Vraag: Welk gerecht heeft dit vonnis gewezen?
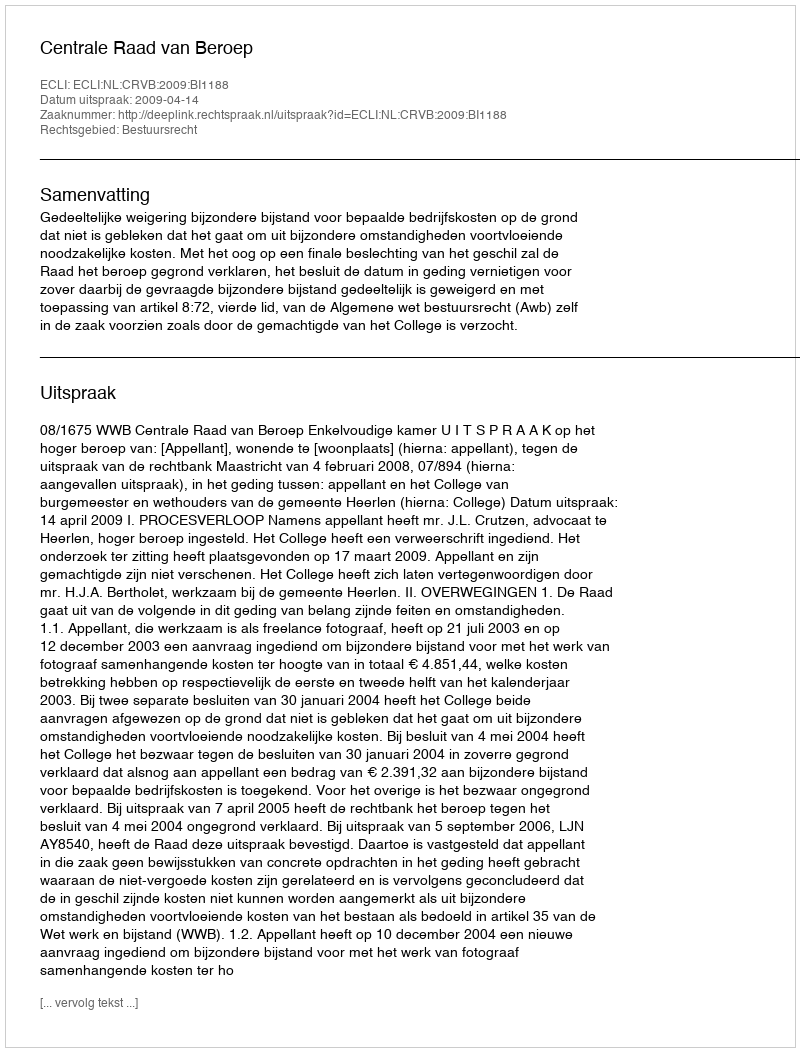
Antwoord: Centrale Raad van Beroep